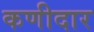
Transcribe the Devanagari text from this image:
कणीदार